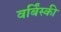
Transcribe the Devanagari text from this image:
वर्बिंस्की